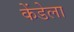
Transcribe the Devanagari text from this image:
केंडेला